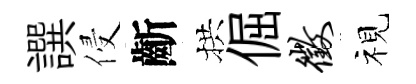
譔侵齗拱倔征视